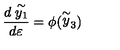
\frac { d \stackrel { \sim } { y _ { 1 } } } { d \varepsilon } = \phi ( \stackrel { \sim } { y } _ { 3 } )